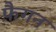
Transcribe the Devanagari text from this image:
फ़ैगन